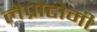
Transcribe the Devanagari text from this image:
लैप्रोटोमी